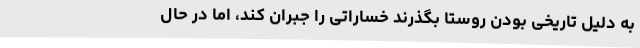
به دلیل تاریخی بودن روستا بگذرند خساراتی را جبران کند، اما در حال